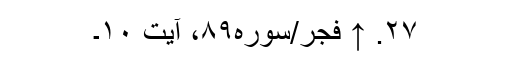
۲۷. ↑ فجر/سوره۸۹، آیت ۱۰۔